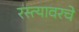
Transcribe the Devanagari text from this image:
रस्त्यावरचे